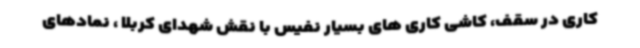
کاری در سقف، کاشی کاری های بسیار نفیس با نقش شهدای کربلا ، نمادهای